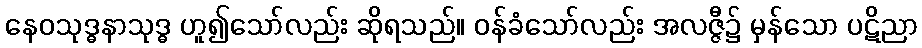
နေဝသုဒ္ဓနာသုဒ္ဓ ဟူ၍သော်လည်း ဆိုရသည်။ ဝန်ခံသော်လည်း အလဇ္ဇီ၌ မှန်သော ပဋိညာ